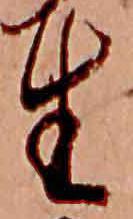
生